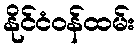
နိုင်ငံဝန်ထမ်း